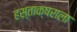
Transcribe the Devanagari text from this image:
हस्ताक्षराला